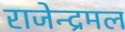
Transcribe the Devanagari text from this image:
राजेन्द्रमल